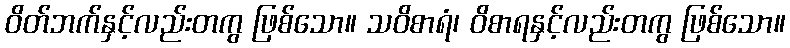
ဝိတ်ဘက်နှင့်လည်းတကွ ဖြစ်သော။ သဝိစာရံ၊ ဝိစာရနှင့်လည်းတကွ ဖြစ်သော။